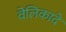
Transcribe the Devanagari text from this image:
वेलिकादे